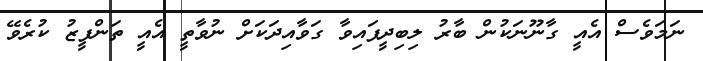
ނަމަވެސް އެއީ ގާނޫނަކުން ބާރު ލިބިދީފައިވާ ގަވާއިދަކަށް ނުވާތީ އެއީ ތަންފީޒު ކުރެވޭ